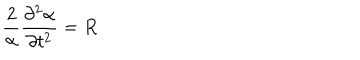
LaTeX: \frac { 2 } { \alpha } \frac { \partial ^ { 2 } \alpha } { \partial t ^ { 2 } } = R